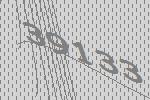
39133